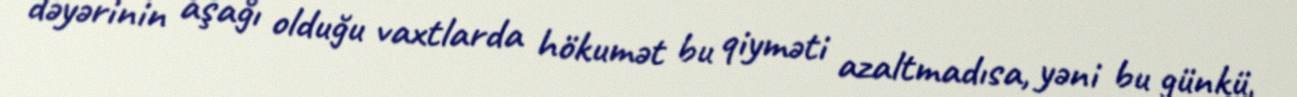
dəyərinin aşağı olduğu vaxtlarda hökumət bu qiyməti azaltmadısa, yəni bu günkü,